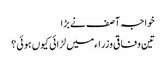
خواجہ آصف نے بڑا
تین وفاقی وزراءمیں لڑائی کیوں ہوئی ؟